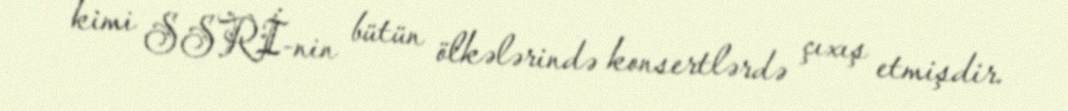
kimi SSRİ-nin bütün ölkələrində konsertlərdə çıxış etmişdir.